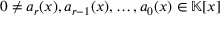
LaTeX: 0 \neq a _ { r } ( x ) , a _ { r - 1 } ( x ) , \ldots , a _ { 0 } ( x ) \in \mathbb { K } [ x ]